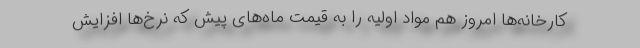
کارخانه‌ها امروز هم مواد اولیه را به قیمت ماه‌های پیش که نرخ‌ها افزایش